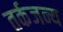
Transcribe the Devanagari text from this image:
तर्कजन्य